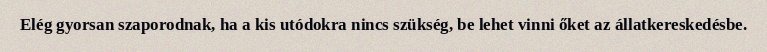
Elég gyorsan szaporodnak, ha a kis utódokra nincs szükség, be lehet vinni őket az állatkereskedésbe.